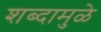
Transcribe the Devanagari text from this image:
शब्दामुळे